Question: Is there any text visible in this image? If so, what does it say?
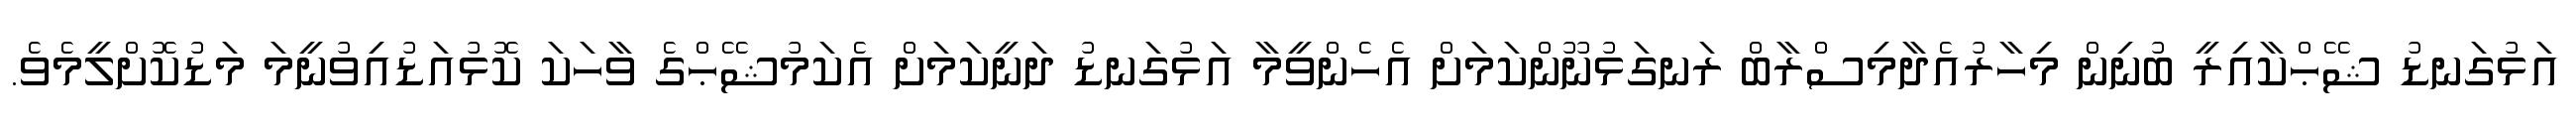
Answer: އަޅުގަނޑު ޝޭޙްކާއިރީ ބުނިން މިހާރުއެދާމިސްރާބް ރަނގަޅުނޫންކަމަށް އެހެންވީމާ އަޅުގަނޑު ދަނީކަމަށް އެކަމުޝޭޙްގެ ވާހަކަ ކޮޅުއަޑުއިވުނީމަ މަޑުކޮށްލީމެވެ.